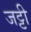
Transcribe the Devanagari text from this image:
जट्टी